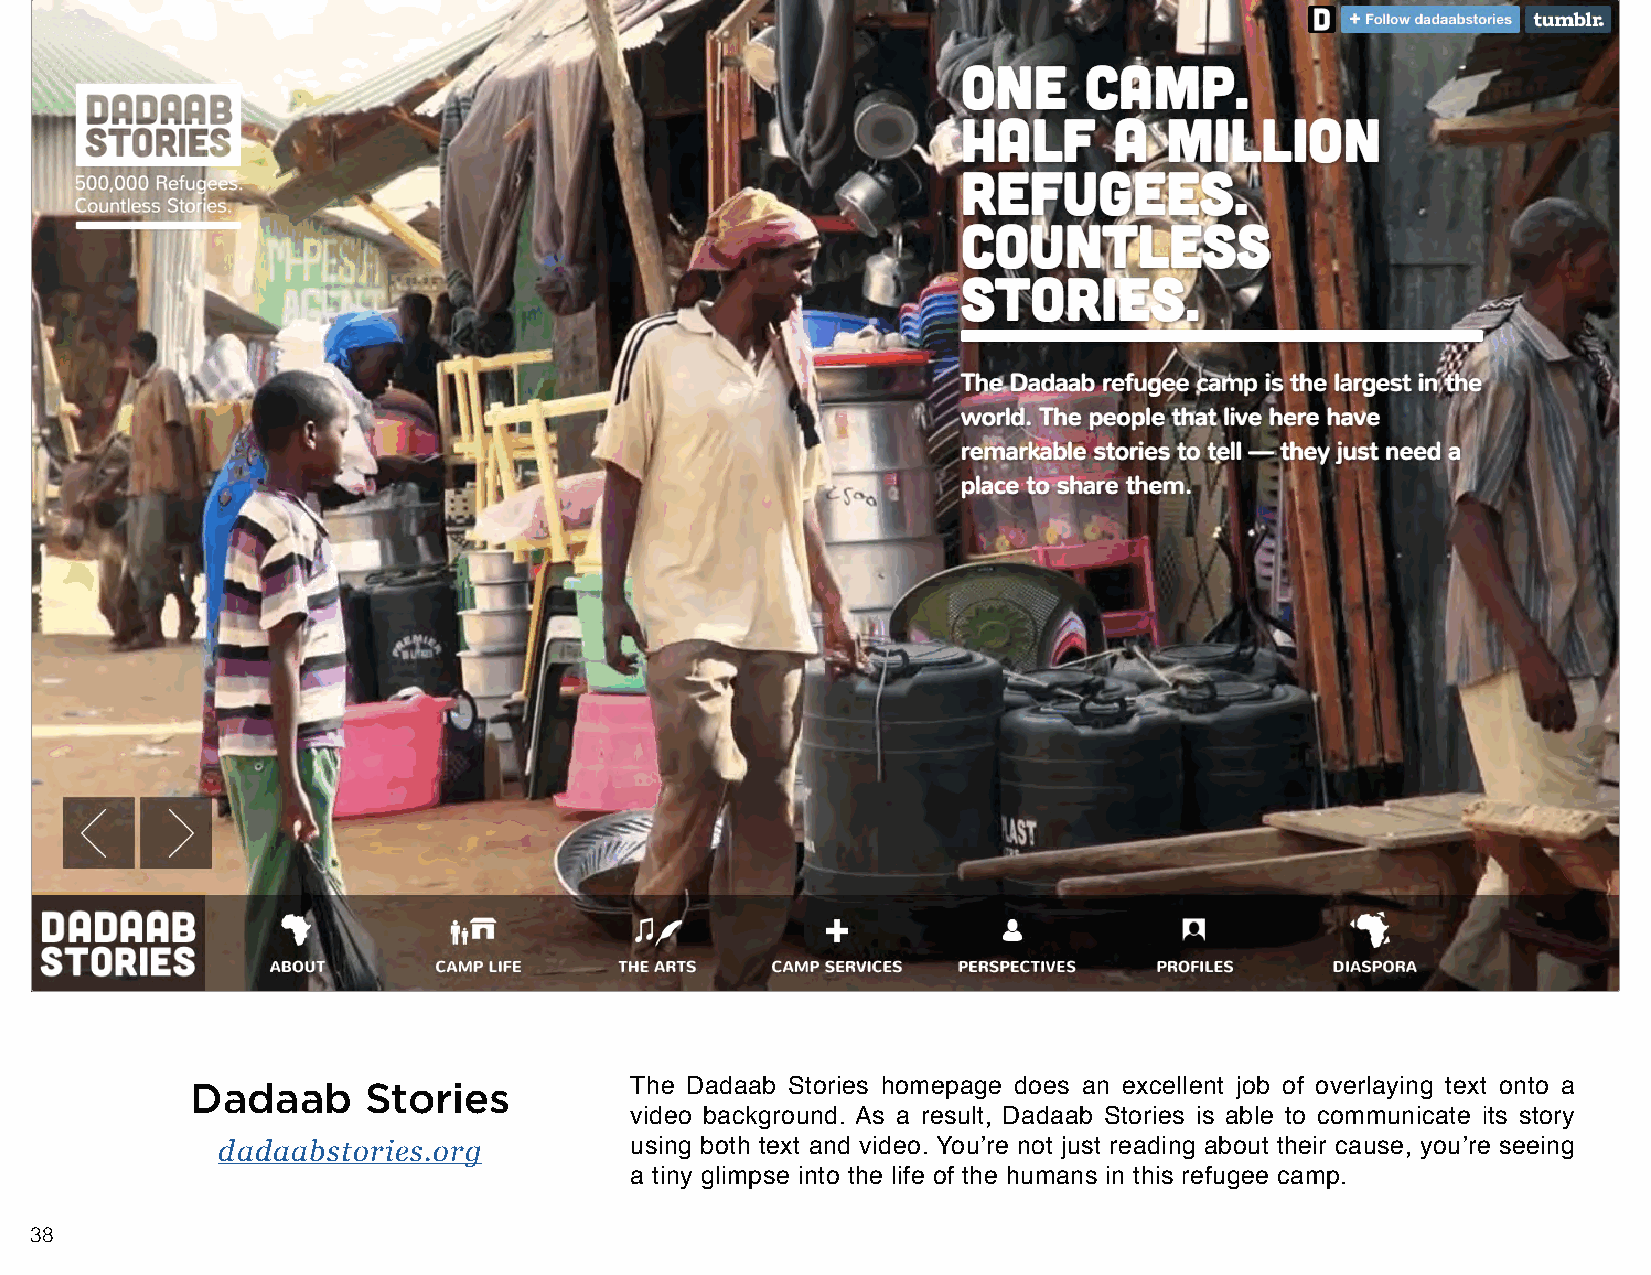
Dadaab     Stories           The Dadaab Stories homepage does an excellent job of overlaying text onto a
 video background. As a result, Dadaab Stories is able to communicate its story
 dadaabstories.org           using both text and video. You’re not just reading about their cause, you’re seeing
 a tiny glimpse into the life of the humans in this refugee camp.
 38